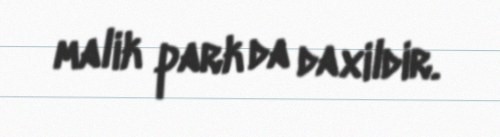
malik park da daxildir.